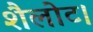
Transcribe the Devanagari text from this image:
शैलोट।